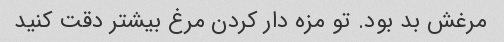
مرغش بد بود. تو مزه دار کردن مرغ بیشتر دقت کنید